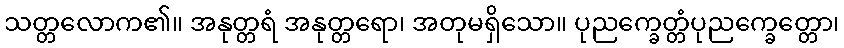
သတ္တလောက၏။ အနုတ္တရံ အနုတ္တရော၊ အတုမရှိသော။ ပုညက္ခေတ္တံပုညက္ခေတ္တော၊